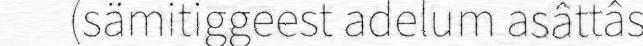
(sämitiggeest adelum asâttâs